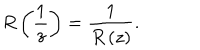
LaTeX: R \left( \frac { 1 } { z } \right) = \frac { 1 } { R \left( z \right) } .